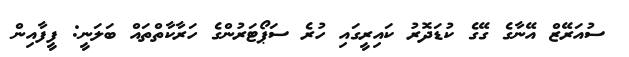
ސުއަރޭޒް އޭނާގެ ގޭގެ ކުޑަދޮރު ކައިރީގައި ހުރެ ސަޕޯޓަރުންގެ ހަރާކާތްތައް ބަލަނީ: ފީފާއިން